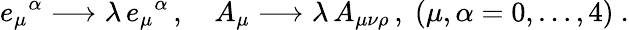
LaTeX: e_{\mu}{}^{\alpha}\longrightarrow\lambda\, e_{\mu}{}^{\alpha}\, ,\quad A_{\mu}\longrightarrow\lambda\, A_{\mu\nu\rho}\, ,\; (\mu,\alpha=0,\ldots,4)\ .